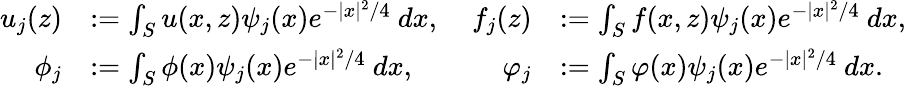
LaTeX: \begin{array}{rlrl}{u_{j}(z)}&{:=\int_{S}u(x,z)\psi_{j}(x)e^{-|x|^{2}/4}\ dx,}&{\ f_{j}(z)}&{:=\int_{S}f(x,z)\psi_{j}(x)e^{-|x|^{2}/4}\ dx,}\\ {\phi_{j}}&{:=\int_{S}\phi(x)\psi_{j}(x)e^{-|x|^{2}/4}\ dx,}&{\ \varphi_{j}}&{:=\int_{S}\varphi(x)\psi_{j}(x)e^{-|x|^{2}/4}\ dx.}\end{array}